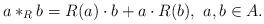
LaTeX: \begin{align*}a \ast_R b = R(a) \cdot b + a \cdot R(b), ~ a, b \in A.\end{align*}